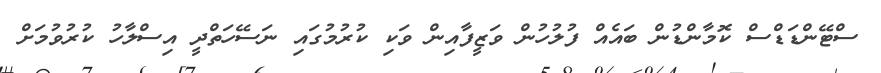
ސްޓޭންޑަޑްސް ކޮމާންޑުން ބައެއް ފުލުހުން ވަޒީފާއިން ވަކި ކުރުމުގައި ނަސޭހަތްދީ އިސްލާހު ކުރުވުމަށް